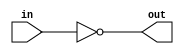
module parityChecker(input in, output wire out);
	assign out = !in;
endmodule